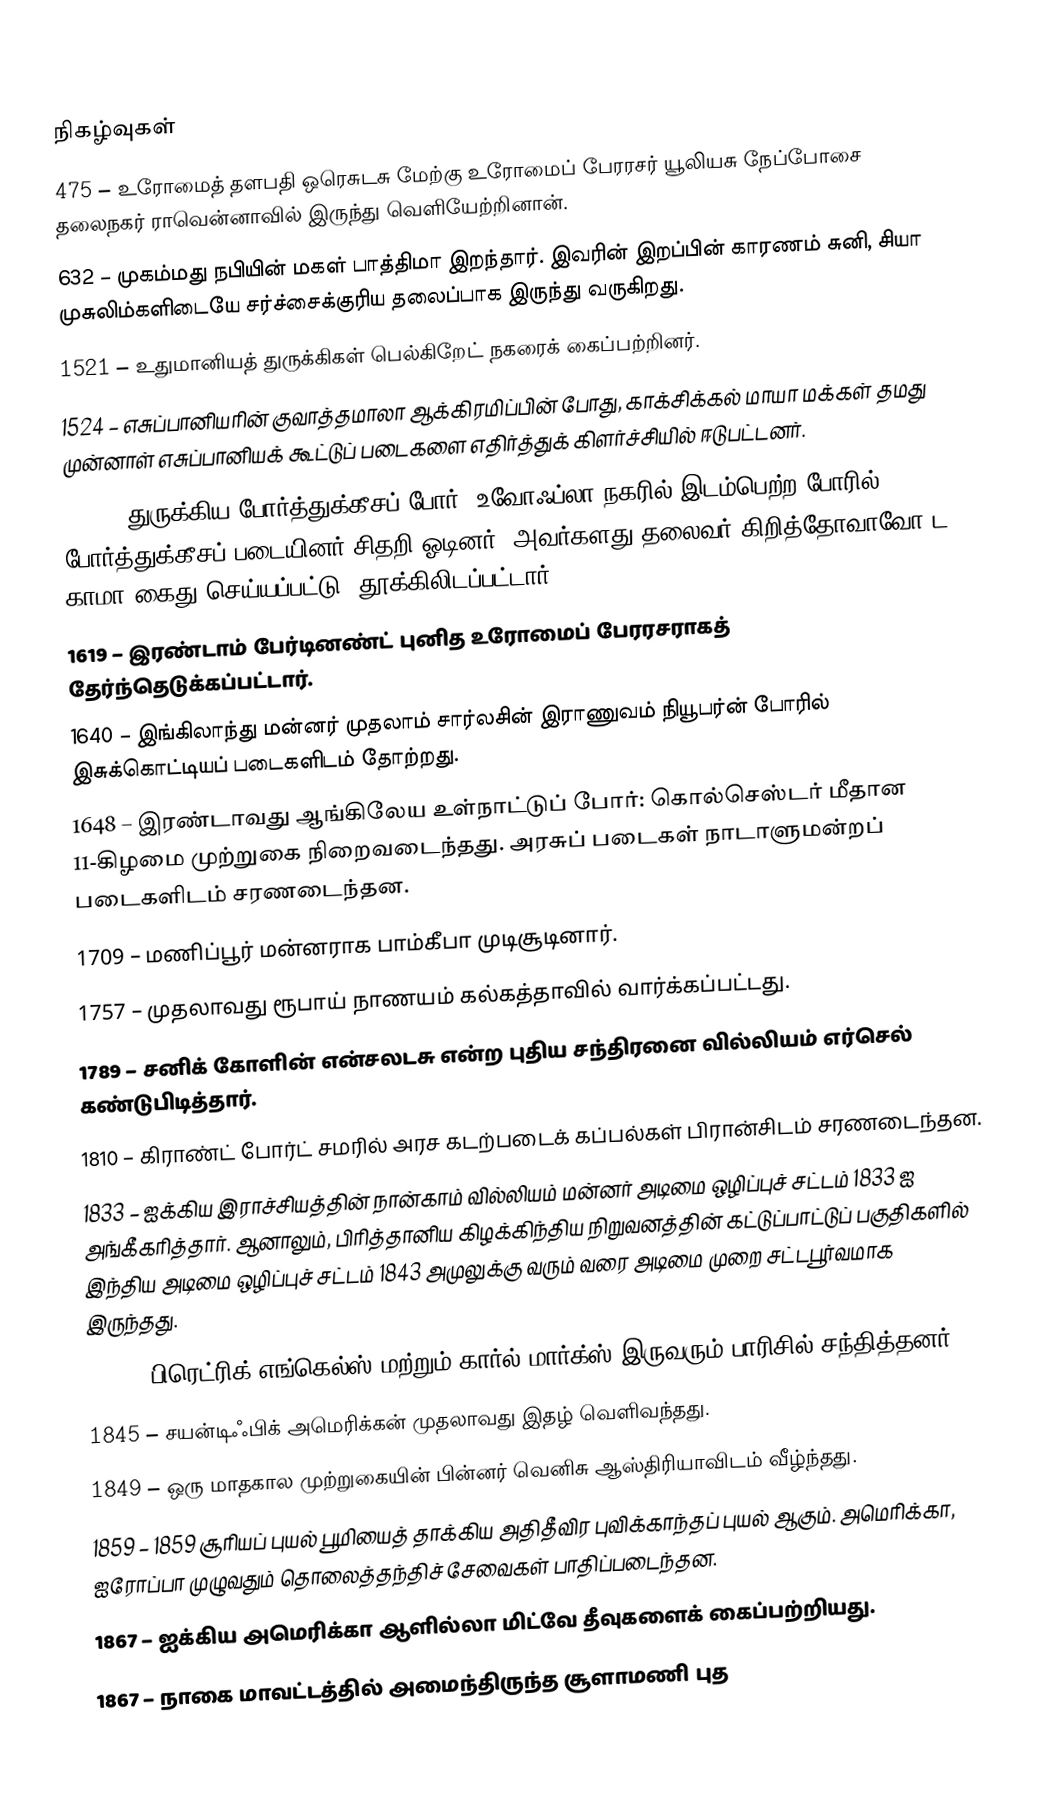

நிகழ்வுகள்
475 – உரோமைத் தளபதி ஒரெசுடசு மேற்கு உரோமைப் பேரரசர் யூலியசு நேப்போசை தலைநகர் ராவென்னாவில் இருந்து வெளியேற்றினான்.
632 – முகம்மது நபியின் மகள் பாத்திமா இறந்தார். இவரின் இறப்பின் காரணம் சுனி, சியா முசுலிம்களிடையே சர்ச்சைக்குரிய தலைப்பாக இருந்து வருகிறது.
1521 – உதுமானியத் துருக்கிகள் பெல்கிறேட் நகரைக் கைப்பற்றினர்.
1524 – எசுப்பானியரின் குவாத்தமாலா ஆக்கிரமிப்பின் போது, காக்சிக்கல் மாயா மக்கள் தமது முன்னாள் எசுப்பானியக் கூட்டுப் படைகளை எதிர்த்துக் கிளர்ச்சியில் ஈடுபட்டனர்.
1542 – துருக்கிய-போர்த்துக்கீசப் போர்: உவோஃப்லா நகரில் இடம்பெற்ற போரில், போர்த்துக்கீசப் படையினர் சிதறி ஓடினர். அவர்களது தலைவர் கிறித்தோவாவோ ட காமா கைது செய்யப்பட்டு, தூக்கிலிடப்பட்டார்.
1619 – இரண்டாம் பேர்டினண்ட் புனித உரோமைப் பேரரசராகத் தேர்ந்தெடுக்கப்பட்டார்.
1640 – இங்கிலாந்து மன்னர் முதலாம் சார்லசின் இராணுவம் நியூபர்ன் போரில் இசுக்கொட்டியப் படைகளிடம் தோற்றது.
1648 – இரண்டாவது ஆங்கிலேய உள்நாட்டுப் போர்: கொல்செஸ்டர் மீதான 11-கிழமை முற்றுகை நிறைவடைந்தது. அரசுப் படைகள் நாடாளுமன்றப் படைகளிடம் சரணடைந்தன.
1709 – மணிப்பூர் மன்னராக பாம்கீபா முடிசூடினார்.
1757 – முதலாவது ரூபாய் நாணயம் கல்கத்தாவில் வார்க்கப்பட்டது.
1789 – சனிக் கோளின் என்சலடசு என்ற புதிய சந்திரனை வில்லியம் எர்செல் கண்டுபிடித்தார்.
1810 – கிராண்ட் போர்ட் சமரில் அரச கடற்படைக் கப்பல்கள் பிரான்சிடம் சரணடைந்தன.
1833 – ஐக்கிய இராச்சியத்தின் நான்காம் வில்லியம் மன்னர் அடிமை ஒழிப்புச் சட்டம் 1833 ஐ அங்கீகரித்தார். ஆனாலும், பிரித்தானிய கிழக்கிந்திய நிறுவனத்தின் கட்டுப்பாட்டுப் பகுதிகளில் இந்திய அடிமை ஒழிப்புச் சட்டம் 1843 அமுலுக்கு வரும் வரை அடிமை முறை சட்டபூர்வமாக இருந்தது.
1844 – பிரெட்ரிக் எங்கெல்ஸ் மற்றும் கார்ல் மார்க்ஸ் இருவரும் பாரிசில் சந்தித்தனர்.
1845 – சயன்டிஃபிக் அமெரிக்கன் முதலாவது இதழ் வெளிவந்தது.
1849 – ஒரு மாதகால முற்றுகையின் பின்னர் வெனிசு ஆஸ்திரியாவிடம் வீழ்ந்தது.
1859 – 1859 சூரியப் புயல் பூமியைத் தாக்கிய அதிதீவிர புவிக்காந்தப் புயல் ஆகும். அமெரிக்கா, ஐரோப்பா முழுவதும் தொலைத்தந்திச் சேவைகள் பாதிப்படைந்தன.
1867 – ஐக்கிய அமெரிக்கா ஆளில்லா மிட்வே தீவுகளைக் கைப்பற்றியது.
1867 – நாகை மாவட்டத்தில் அமைந்திருந்த சூளாமணி புத